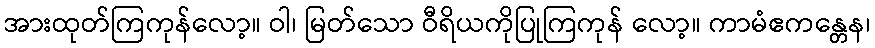
အားထုတ်ကြကုန်လော့။ ဝါ၊ မြတ်သော ဝီရိယကိုပြုကြကုန် လော့။ ကာမံဧကန္တေန၊